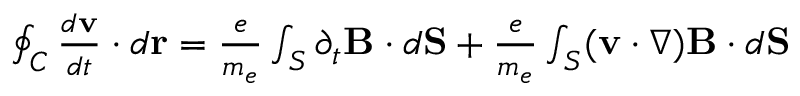
\begin{array} { r } { \oint _ { C } { \frac { d { \bf v } } { d t } } \cdot d { \bf r } = { \frac { e } { m _ { e } } } \int _ { S } \partial _ { t } { \bf B } \cdot d { \bf S } + { \frac { e } { m _ { e } } } \int _ { S } ( { \bf v } \cdot \nabla ) { \bf B } \cdot d { \bf S } } \end{array}